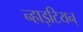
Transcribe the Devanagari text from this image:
न्हाइटियन्